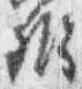
弁